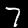
Label: 7